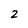
Character: 2